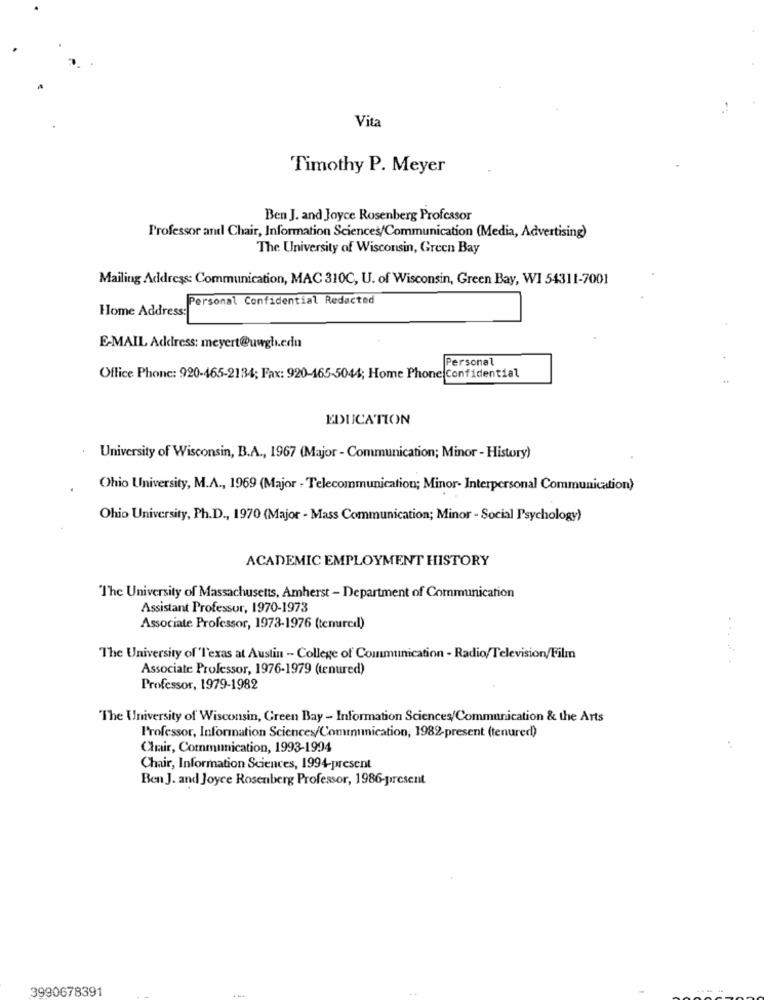
Vita
Timothy P. Meyer
Ben J. and Joyce Rosenberg Professor
Professor and Chair, Information Sciences/Communication (Media, Advertising)
The University of Wisconsin, Green Bay
Mailing Address: Communication, MAC 310C, U. of Wisconsin, Green Bay, WI 54311-7001
Personal Confidential Redacted
Home Address:
E-MAIL Address: meyert@uwgh.con
Personal
Office Phone: 920-465-2134; Fax: 920-165-5044; Home Phone Confidential
EDUCATION
University of Wisconsin, B.A ., 1967 (Major - Communication; Minor - History)
Ohio University, M.A ., 1969 (Major - Telecommunication; Minor- Interpersonal Communication)
Ohio University, Ph.D ., 1970 (Major - Mass Communication; Minor - Social Psychology)
ACADEMIC EMPLOYMENT HISTORY
The University of Massachusetts, Amherst - Department of Communication
Assistant Professor, 1970-1973
Associate Professor, 1973-1976 (tenured)
The University of Texas at Austin - College of Communication - Radio/Television/Film
Associate Professor, 1976-1979 (tenured)
Professor, 1979-1982
"The University of Wisconsin, Green Bay - Information Sciences/Communication & the Arts
Professor, Information Sciences/Communication, 1982-present (tenured)
Chair, Communication, 1993-1994
..
Chair, Information Sciences, 1994-present
Ben J. and Joyce Rosenberg Professor, 1986-present
3990678391